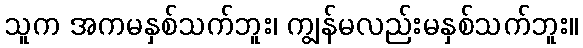
သူက အကမနှစ်သက်ဘူး၊ ကျွန်မလည်းမနှစ်သက်ဘူး။